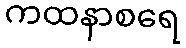
ကထနာစရေ